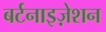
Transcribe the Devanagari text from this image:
बर्टनाइज़ेशन